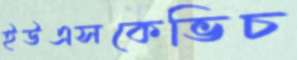
ইউএসকেভিচ